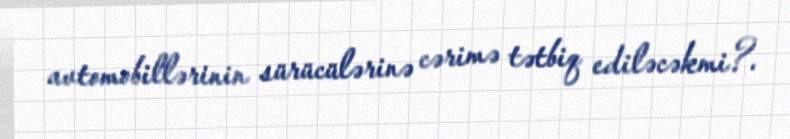
avtomobillərinin sürücülərinə cərimə tətbiq ediləcəkmi?.